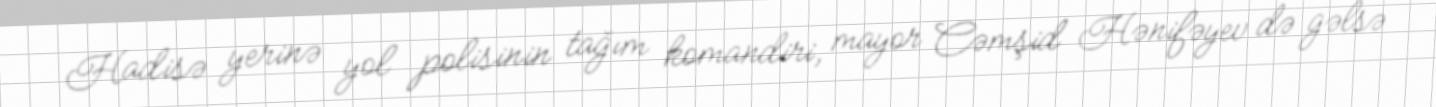
Hadisə yerinə yol polisinin tağım komandiri, mayor Cəmşid Hənifəyev də gəlsə